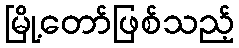
မြို့တော်ဖြစ်သည့်